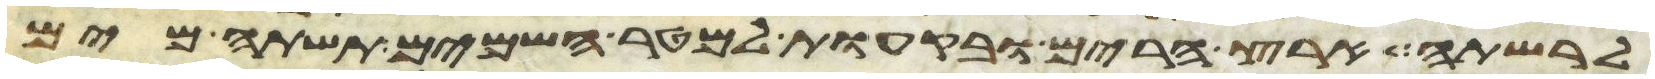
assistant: לרשתה ארץ הרים ובקעות למטר השמים תשתה מים